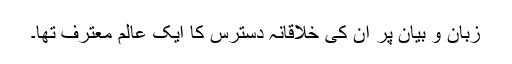
زبان و بیان پر ان کی خلاقانہ دسترس کا ایک عالم معترف تھا۔